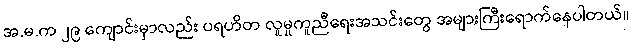
အ.မ.က ၂၉ ကျောင်းမှာလည်း ပရဟိတ လူမှုကူညီရေးအသင်းတွေ အများကြီးရောက်နေပါတယ်။